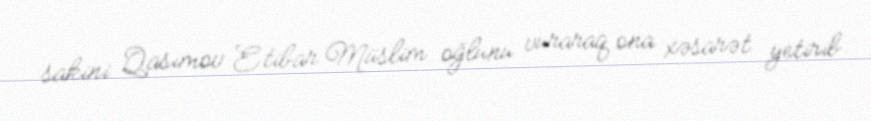
sakini Qasımov Etibar Müslim oğlunu vuraraq ona xəsarət yetirib.